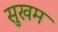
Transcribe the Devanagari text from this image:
सुखम